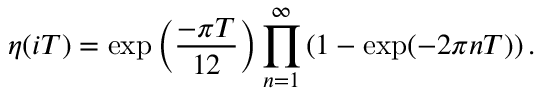
\eta ( i T ) = \exp \left( \frac { - \pi T } { 1 2 } \right) \prod _ { n = 1 } ^ { \infty } \left( 1 - \exp ( - 2 \pi n T ) \right) .